Indian Medical Review
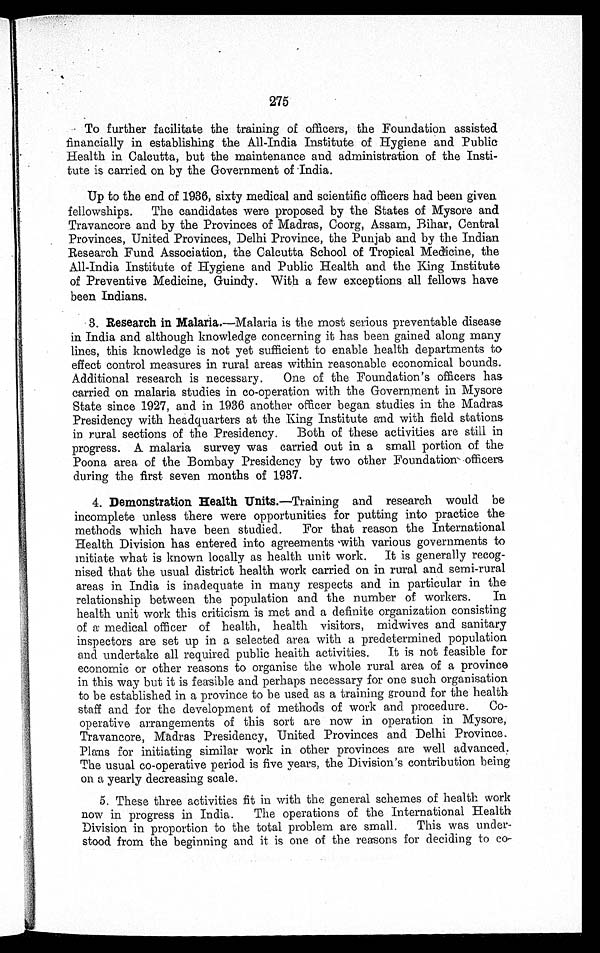
275
To further facilitate the training of officers, the Foundation assisted
financially in establishing the All-India Institute of Hygiene and Public
Health in Calcutta, but the maintenance and administration of the Insti
-
tute is carried on by the Government of India.
Up to the end of 1936, sixty medical and scientific officers had been given
fellowships. The candidates were proposed by the States of Mysore and
Travancore and by the Provinces of Madras, Coorg, Assam, Bihar, Central
Provinces, United Provinces, Delhi Province, the Punjab and by the Indian
Research Fund Association, the Calcutta School of Tropical Medicine, the
All-India Institute of Hygiene and Public Health and the King Institute
of Preventive Medicine, Guindy. With a few exceptions all fellows have
been Indians.
3. Research in Malaria.—Malaria is the most serious preventable disease
in India and although knowledge concerning it has been gained along many
lines, this knowledge is not yet sufficient to enable health departments to
effect control measures in rural areas within reasonable economical bounds.
Additional research is necessary. One of the Foundation's officers has
carried on malaria studies in co-operation with the Government in Mysore
State since 1927, and in 1936 another officer began studies in the Madras
Presidency with headquarters at the King Institute and with field station
s
in rural sections of the Presidency. Both of these activities are still in
progress. A malaria survey was carried out in a small portion of the
Poona area of the Bombay Presidency by two other Foundation officers
during the first seven months of 1937.
4. Demonstration Health Units. —Training and research would b
e
incomplete unless there were opportunities for putting into practice the
methods which have been studied. For that reason the International
Health Division has entered into agreements with various governments to
initiate what is known locally as health unit work. It is generally recog
-
nised that the usual district health work carried on in rural and semi-rural
areas in India is inadequate in many respects and in particular in the
relationship between the population and the number of workers. In
health unit work this criticism is met and a definite organization consisting
of a medical officer of health, health visitors, midwives and sanitary
inspectors are set up in a selected area with a predetermined population
and undertake all required public health activities. It is not feasible for
economic or other reasons to organise the whole rural area of a province
in this way but it is feasible and perhaps necessary for one such organisation
to be established in a province to be used as a training ground for the health
staff and for the development of methods of work and procedure. Co-
operative arrangements of this sort are now in operation in Mysore
,
Travancore, Madras Presidency, United Provinces and Delhi Province.
Plans for initiating similar work in other provinces are well advanced.
The usual co-operative period is five years, the Division's contribution being
on a yearly decreasing scale.
5. These three activities fit in with the general schemes of health work
now in progress in India. The operations of the International Health
Division in proportion to the total problem are small. This was under-
stood from the beginning and it is one of the reasons for deciding to co-